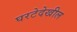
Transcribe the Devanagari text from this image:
घरटेदेखील